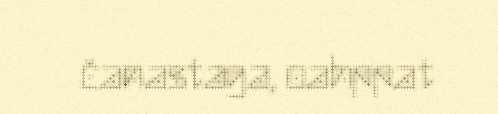
čanastaga, oahppat